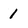
Character: 1